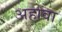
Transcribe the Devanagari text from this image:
अहावा